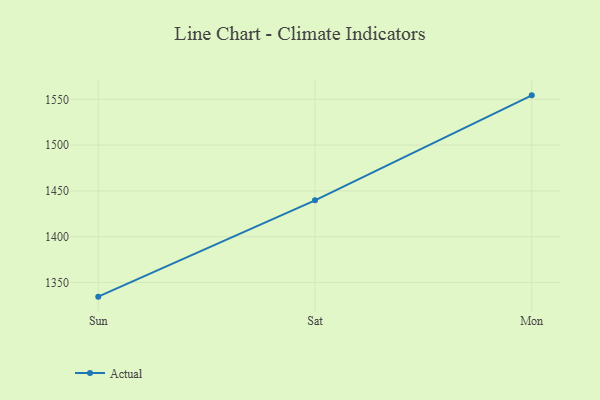
{"axis": {"x": "Day", "y": "Operating Costs (USD K)"}, "legend": ["Actual"], "data": [{"x": "Sun", "y": 1334.4, "type": "Actual"}, {"x": "Sat", "y": 1439.7, "type": "Actual"}, {"x": "Mon", "y": 1554.4, "type": "Actual"}]}